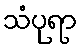
သံပုရာ